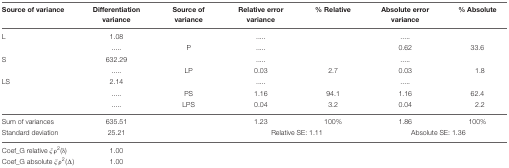
| Source of variance | Differentiation variance | Source of variance | Relative error variance | % Relative | Absolute error variance | % Absolute |
 | --- | --- | --- | --- | --- | --- | --- |
 | L | 1.08 |  | ..... |  | ..... |  |
 |  | ..... | P | ..... |  | 0.62 | 33.6 |
 | S | 632.29 |  | ..... |  | ..... |  |
 |  | ..... | LP | 0.03 | 2.7 | 0.03 | 1.8 |
 | LS | 2.14 |  | ..... |  | ..... |  |
 |  | ..... | PS | 1.16 | 94.1 | 1.16 | 62.4 |
 |  | ..... | LPS | 0.04 | 3.2 | 0.04 | 2.2 |
 | Sum of variances | 635.51 |  | 1.23 | 100% | 1.86 | 100% |
 | Standard deviation | 25.21 |  | <COLSPAN=2> Relative SE: 1.11 | <COLSPAN=2> Absolute SE: 1.36 |
 | Coef_G relative ξρ2(δ) | 1.00 |
 | Coef_G absolute ξρ2(Δ) | 1.00 |